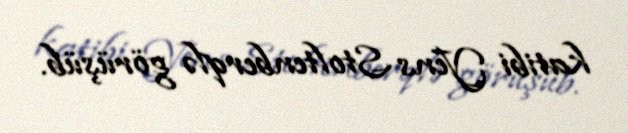
katibi Yens Stoltenberqlə görüşüb.